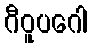
ဂီဝူပဂေါ